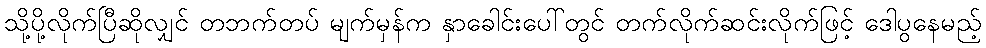
သို့ပို့လိုက်ပြီဆိုလျှင် တဘက်တပ် မျက်မှန်က နှာခေါင်းပေါ်တွင် တက်လိုက်ဆင်းလိုက်ဖြင့် ဒေါပွနေမည့်